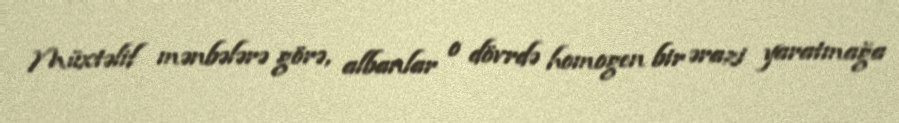
Müxtəlif mənbələrə görə, albanlar o dövrdə homogen bir ərazi yaratmağa